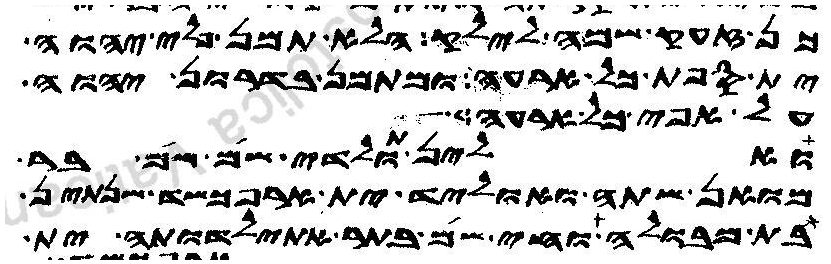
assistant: כן זעק שמה לילק הלא תמן פלי יהוה
ית ספת כל ארעה ומתמן בדרון יהוה
על אפי כל ארעה
ואלין תולדי שם שם בר
מואן שתה ואוליד ית ארפכשד שנתין
בתר מבולה וחי שם בתר אתילדותה ית